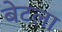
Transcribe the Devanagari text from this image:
बेटला